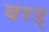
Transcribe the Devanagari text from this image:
बरड्